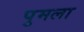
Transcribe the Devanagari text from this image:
पुमला